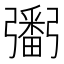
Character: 𢐲